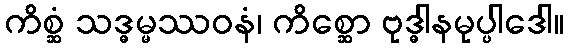
ကိစ္ဆံ သဒ္ဓမ္မဿဝနံ၊ ကိစ္ဆော ဗုဒ္ဓါနမုပ္ပါဒေါ။